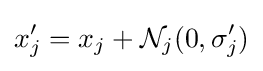
x_{j}'=x_{j}+{\mathcal {N}}_{j}(0,{\sigma }_{j}')